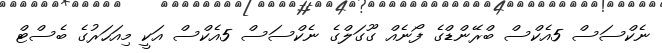
ނެކްސަސް 5އެކްސް ބްރޭންޑްގެ ފޯނެއް ގޫގަލްގެ ނެކްސަސް 5އެކްސް އަކީ މިއަހަރުގެ ބެސްޓް